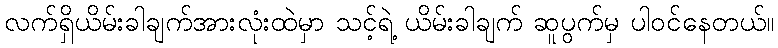
လက်ရှိယိမ်းခါချက်အားလုံးထဲမှာ သင့်ရဲ့ ယိမ်းခါချက် ဆူပွက်မှ ပါဝင်နေတယ်။